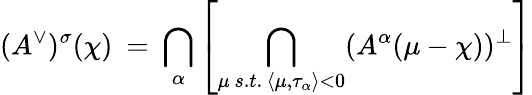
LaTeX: (A^{\vee})^{\sigma}(\chi)\: =\: \bigcap_{\alpha}\left[\bigcap_{\mu\, s.t.\, \langle\mu,\tau_{\alpha}\rangle<0}(A^{\alpha}(\mu-\chi))^{\perp}\right]